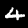
Label: 4